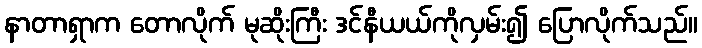
နာတာရှာက တောလိုက် မုဆိုးကြီး ဒင်နီယယ်ကိုလှမ်း၍ ပြောလိုက်သည်။